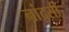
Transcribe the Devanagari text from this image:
नांदसी